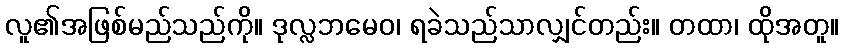
လူ၏အဖြစ်မည်သည်ကို။ ဒုလ္လဘမေဝ၊ ရခဲသည်သာလျှင်တည်း။ တထာ၊ ထိုအတူ။